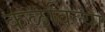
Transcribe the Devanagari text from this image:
कळविल्या